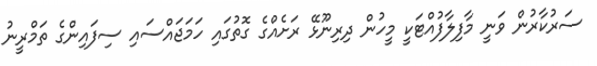
ސަރުކާރުން ވަނީ މާފިލާފުއްޓަކީ މީހުން ދިރިނޫޅޭ ރަށެއްގެ ގޮތުގައި ހަމަޖައްސައި ސިފައިންގެ ތަމްރީނު